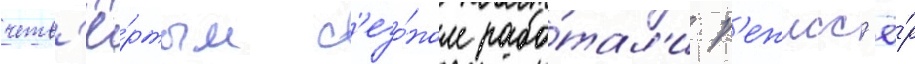
четв'ё́ртым с'езо́ном рабо́тал'и р'ежисс'ё́р